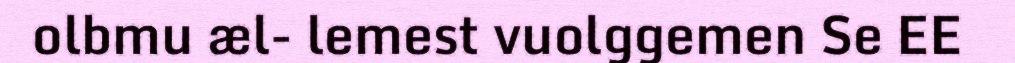
olbmu æl- lemest vuolggemen Se EE